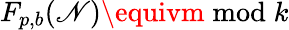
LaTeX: F_{p,b}(\mathscr{N})\equivm{\bmod{k}}